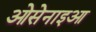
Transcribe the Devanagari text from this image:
ओसेनाइआ